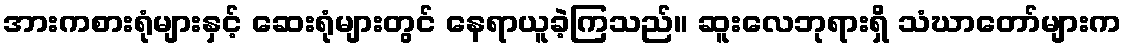
အားကစားရုံများနှင့် ဆေးရုံများတွင် နေရာယူခဲ့ကြသည်။ ဆူးလေဘုရားရှိ သံဃာတော်များက